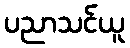
ပညာသင်ယူ